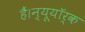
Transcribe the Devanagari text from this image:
हैं।न्यूयॉर्क